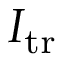
I _ { \mathrm { t r } }